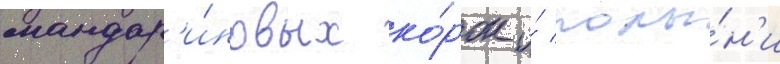
мандар'и́новых ко́рок и́ полы́н'и